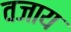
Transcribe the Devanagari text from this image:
वजाय